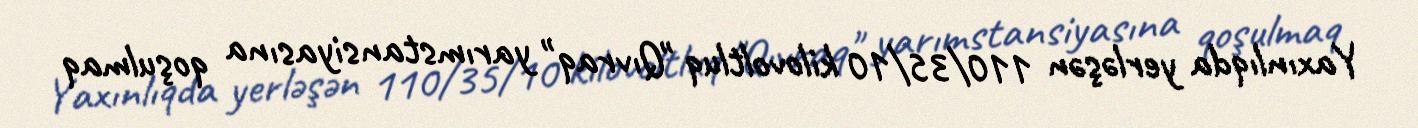
Yaxınlıqda yerləşən 110/35/10 kilovoltluq "Qıvraq" yarımstansiyasına qoşulmaq